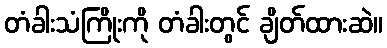
တံခါးသံကြိုးကို တံခါးတွင် ချိတ်ထားဆဲ။